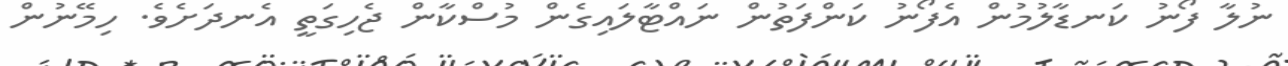
ނުލާ ފޯނު ކަނޑާލުމުން އެފޯނު ކަންފަތުން ނައްޓާލައިގެން މުސްކާން ޖެހިގަތީ އެނދަށެވެ. ހިމޭނުން